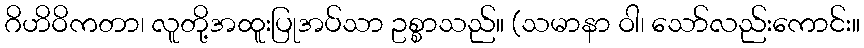
ဂိဟိဝိကတာ၊ လူတို့အထူးပြုအပ်သာ ဥစ္စာသည်။ (သမာနာ ဝါ၊ သော်လည်းကောင်း။